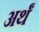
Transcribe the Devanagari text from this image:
अर्थं